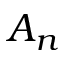
A _ { n }